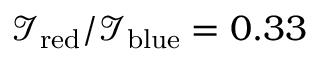
\mathcal { I } _ { \mathrm { r e d } } / \mathcal { I } _ { \mathrm { b l u e } } = 0 . 3 3